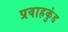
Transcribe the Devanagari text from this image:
प्रवाहकुंड